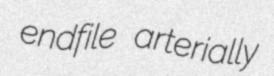
endfile arterially